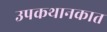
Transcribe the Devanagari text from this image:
उपकथानकात